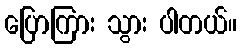
ပြောကြား သွား ပါတယ်။